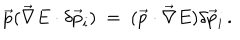
\vec { p } ( \vec { \nabla } E \cdot \delta \vec { p } _ { i } ) \ = \ ( \vec { p } \cdot \vec { \nabla } E ) \delta \vec { p } _ { i } \, .